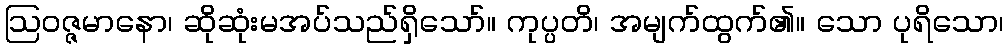
ဩဝဇ္ဇမာနော၊ ဆိုဆုံးမအပ်သည်ရှိသော်။ ကုပ္ပတိ၊ အမျက်ထွက်၏။ သော ပုရိသော၊